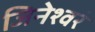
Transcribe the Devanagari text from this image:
जिनेश्वरं